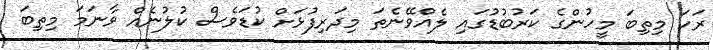
ރަހަ މިތިބަ މީހުންގެ ކަރުބުޑުގައި ލެއްވޭނެތަ މިދަރިފުޅަށް ކުޑަވެސް ކުލުނެއް ވާނަމަ މިތިބަ